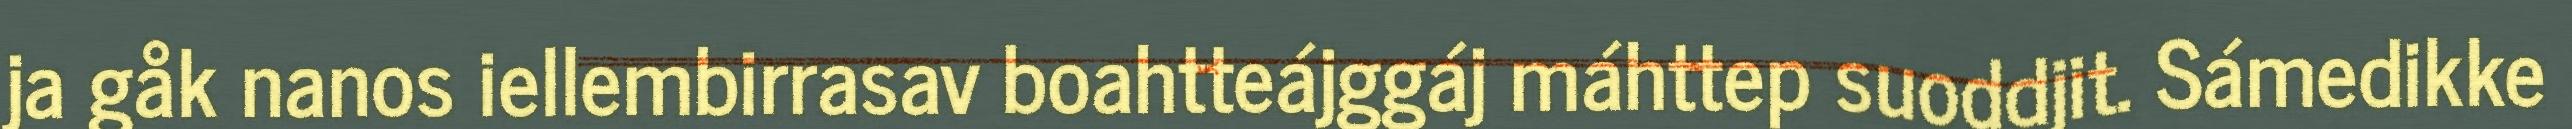
ja gåk nanos iellembirrasav boahtteájggáj máhttep suoddjit. Sámedikke